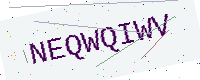
Text: NEQWQIWV